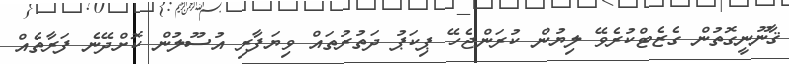
ޤާނޫނީގޮތުން ގެޒެޓްކުރެވޭ ލިޔުން ކުރަންޖެހޭ ޕިކަޕު ދަތުރުތައް ވިޔަފާރި އުސޫލުން ކޮށްދޭނެ ފަރާތެއް